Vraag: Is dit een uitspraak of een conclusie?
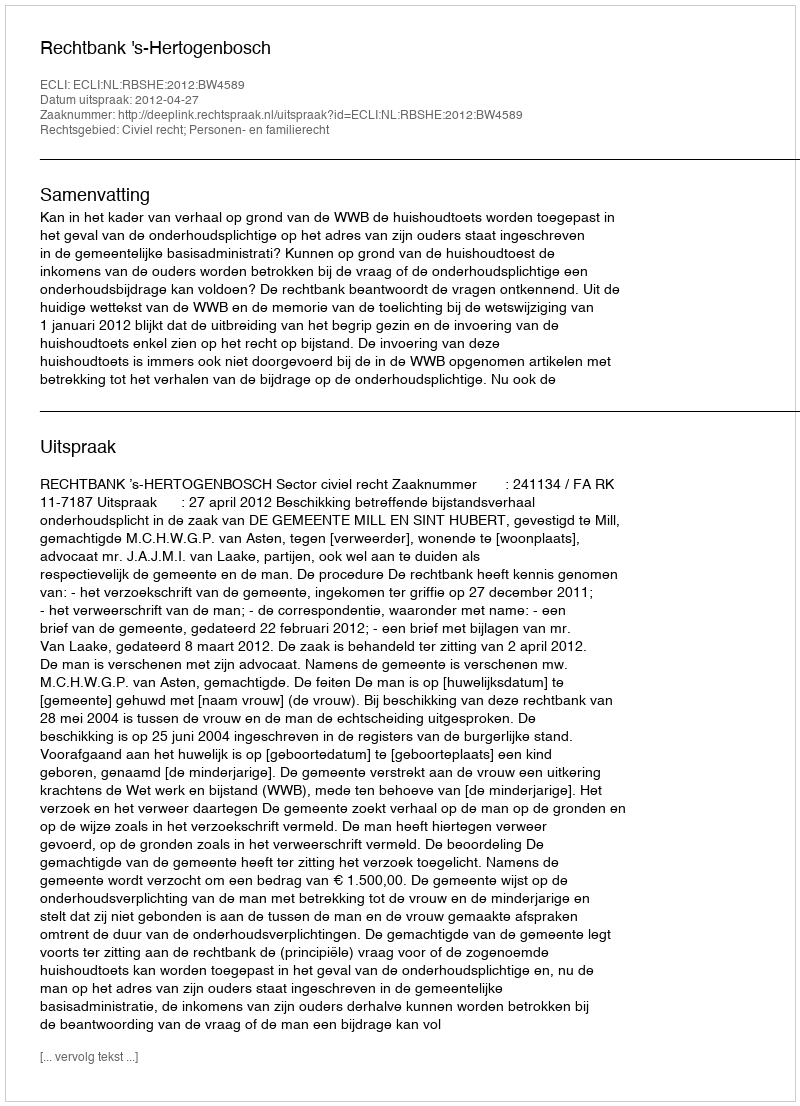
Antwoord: Uitspraak